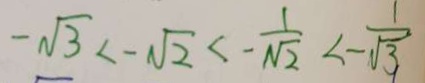
- \sqrt { 3 } < - \sqrt { 2 } < - \frac { 1 } { \sqrt { 2 } } < - \frac { 1 } { \sqrt { 3 } }